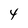
Character: 4